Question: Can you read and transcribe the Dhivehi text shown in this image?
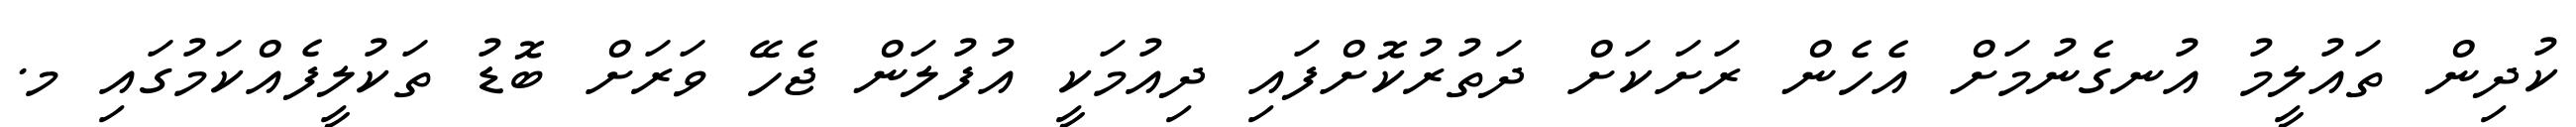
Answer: ކުދިން ތައުލީމު އުނގެނުމަށް އެހެން ރަށަކަށް ދަތުރުކޮށްފައި ދިއުމަކީ އުފުލަން ޖެހޭ ވަރަށް ބޮޑު ތަކުލީފެއްކަމުގައި މ.